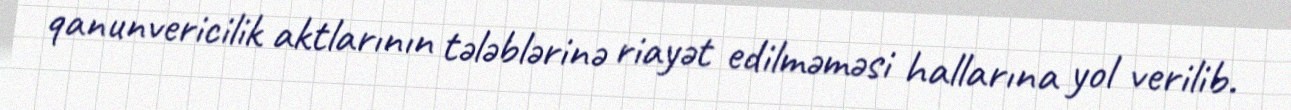
qanunvericilik aktlarının tələblərinə riayət edilməməsi hallarına yol verilib.